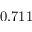
0 . 7 1 1